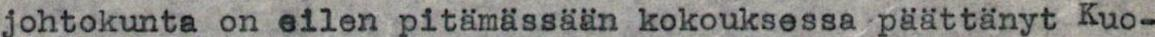
johtokunta on eilen pitämässään kokouksessa päättänyt Kuo-